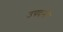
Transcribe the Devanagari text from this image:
उपदनी